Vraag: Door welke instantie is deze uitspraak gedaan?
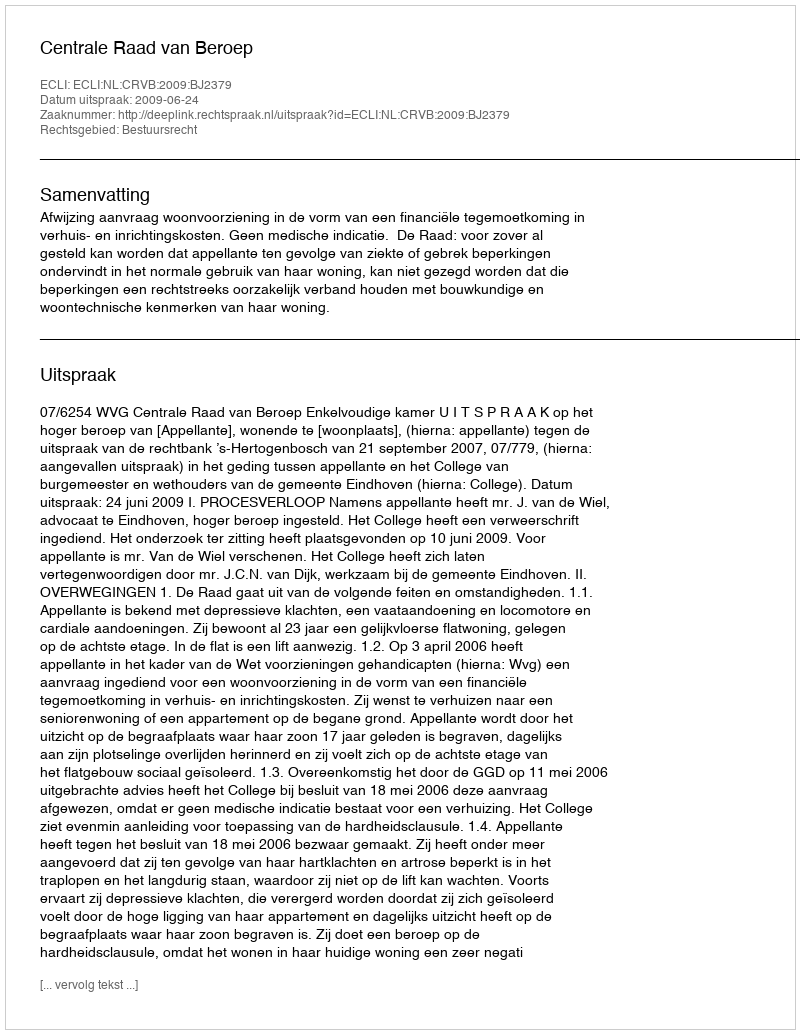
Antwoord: Centrale Raad van Beroep